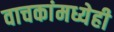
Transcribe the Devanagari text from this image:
वाचकांमध्येही